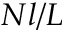
N l / L